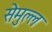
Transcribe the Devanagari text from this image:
सेमुल्ल